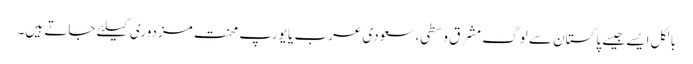
بالکل ایسے جیسے پاکستان سے لوگ مشرق وسطی، سعودی عرب یا یورپ محنت مزدوری کیلئے جاتے ہیں۔